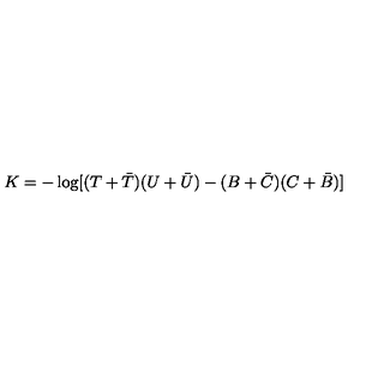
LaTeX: K = - \log [ ( T + { \bar { T } } ) ( U + { \bar { U } } ) - ( B + { \bar { C } } ) ( C + { \bar { B } } ) ]